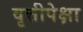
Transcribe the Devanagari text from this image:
वृत्तीपेक्षा